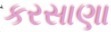
કરસાણા